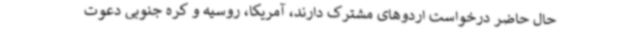
حال حاضر درخواست اردوهای مشترک دارند، آمریکا، روسیه و کره جنوبی دعوت